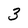
Character: 3